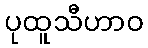
ပုထူသီဟာဝ